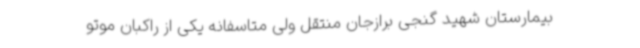
بیمارستان شهید گنجی برازجان منتقل ولی متاسفانه یکی از راکبان موتو